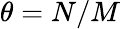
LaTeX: \theta=N/M